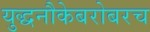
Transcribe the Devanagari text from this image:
युद्धनौकेबरोबरच